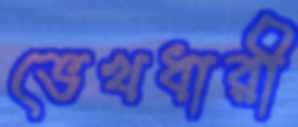
ভেখধারী